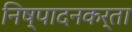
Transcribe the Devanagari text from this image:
निष्‍पादनकर्ता